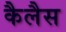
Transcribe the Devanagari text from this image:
कैलैस